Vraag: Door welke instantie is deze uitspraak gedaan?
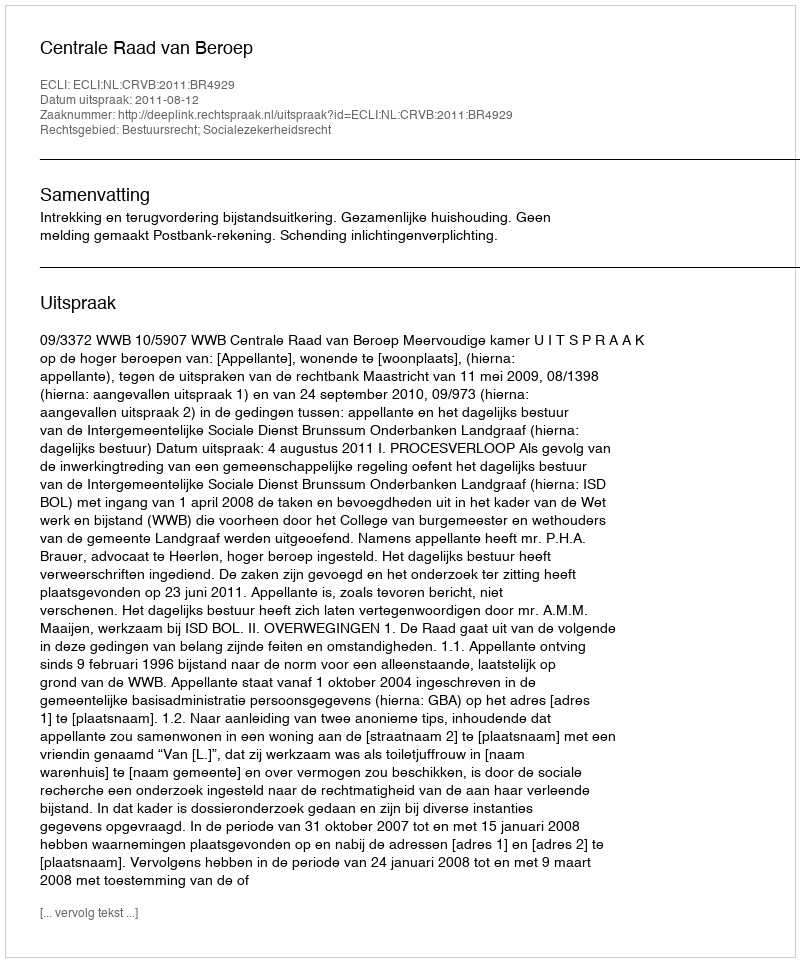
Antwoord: Centrale Raad van Beroep